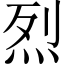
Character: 烈